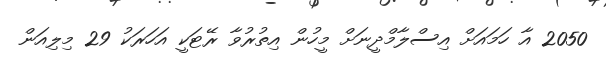
2050 އާ ހަމައަށް އިސްލާމްދީނަށް މީހުން އިތުރުވާ ރޭޓަކީ އަހަރަކު 29 މިލިއަން